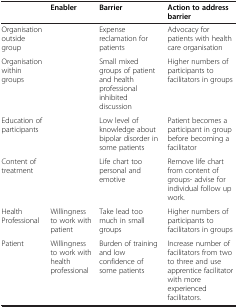
<table><thead><tr><td><b> </b></td><td><b>Enabler</b></td><td><b>Barrier</b></td><td><b>Action to address barrier</b></td></tr></thead><tbody><tr><td>Organisation outside group</td><td> </td><td>Expense reclamation for patients</td><td>Advocacy for patients with health care organisation</td></tr><tr><td>Organisation within groups</td><td> </td><td>Small mixed groups of patient and health professional inhibited discussion</td><td>Higher numbers of participants to facilitators in groups</td></tr><tr><td>Education of participants</td><td> </td><td>Low level of knowledge about bipolar disorder in some patients</td><td>Patient becomes a participant in group before becoming a facilitator</td></tr><tr><td>Content of treatment</td><td> </td><td>Life chart too personal and emotive</td><td>Remove life chart from content of groups- advise for individual follow up work.</td></tr><tr><td>Health Professional</td><td>Willingness to work with patient</td><td>Take lead too much in small groups</td><td>Higher numbers of participants to facilitators in groups</td></tr><tr><td>Patient</td><td>Willingness to work with health professional</td><td>Burden of training and low confidence of some patients</td><td>Increase number of facilitators from two to three and use apprentice facilitator with more experienced facilitators.</td></tr></tbody></table>